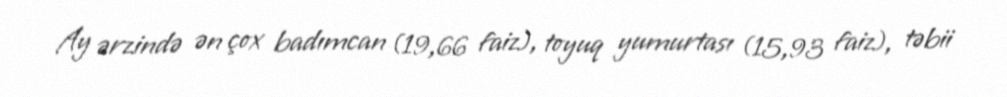
Ay ərzində ən çox badımcan (19,66 faiz), toyuq yumurtası (15,93 faiz), təbii